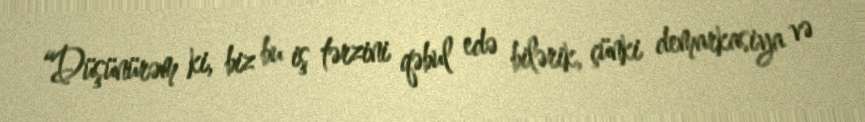
“Düşünürəm ki, biz bu iş tərzini qəbul edə bilərik, çünki demarkasiya və